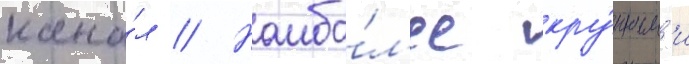
кана́л // Наибо́л'ее кру́пным'и